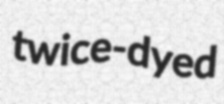
twice-dyed